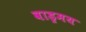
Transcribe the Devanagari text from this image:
वाड्रमय